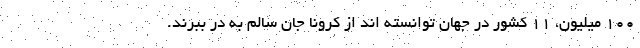
۱۰۰ میلیون، ۱۱ کشور در جهان توانسته اند از کرونا جان سالم به در ببرند.